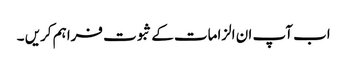
اب آپ ان الزامات کے ثبوت فراہم کریں ۔